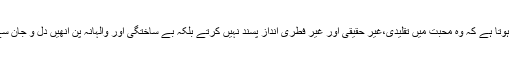
ایسا محسوس ہوتا ہے کہ وہ محبت میں تقلیدی،غیر حقیقی اور غیر فطری انداز پسند نہیں کرتے بلکہ بے ساختگی اور والہانہ پن انھیں دل و جان سے عزیز ہے۔